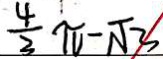
\frac { 4 } { 3 } \pi - \sqrt { 3 }